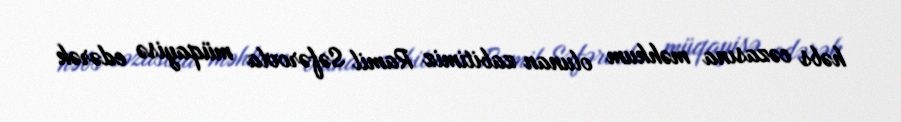
həbs cəzasına məhkum olunan zabitimiz Ramil Səfərovla müqayisə edərək